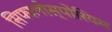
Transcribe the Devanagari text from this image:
सिफालोस्पोरियम